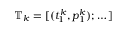
\mathbb { T } _ { k } = [ ( t _ { 1 } ^ { k } , p _ { 1 } ^ { k } ) ; \dots ]